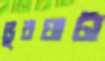
ভুরঘাটা